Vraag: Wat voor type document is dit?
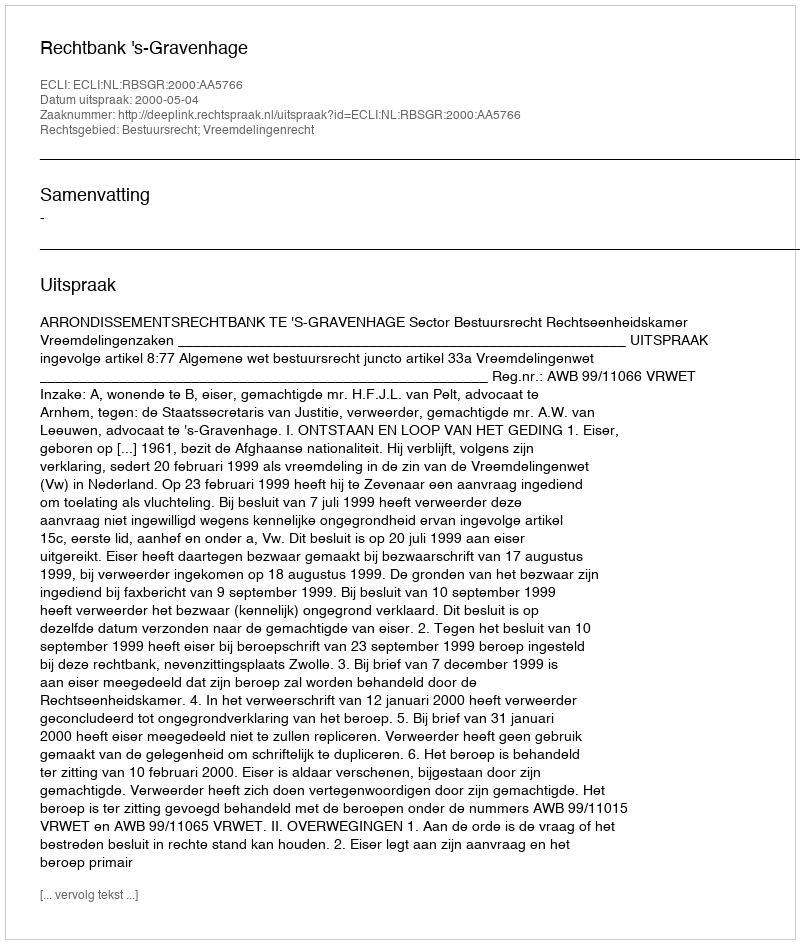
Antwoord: Uitspraak